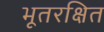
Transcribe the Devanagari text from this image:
भूतरक्षित